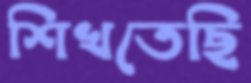
শিখতেছি